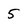
Character: 5